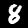
Label: 8